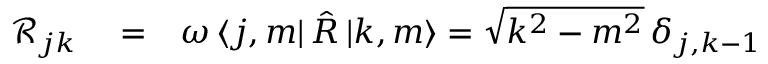
\begin{array} { r l r } { \mathcal { R } _ { j k } } & { { } = } & { \omega \, \langle j , m | \, { \hat { R } } \, { | k , m \rangle } = \sqrt { k ^ { 2 } - m ^ { 2 } } \, \delta _ { j , k - 1 } } \end{array}